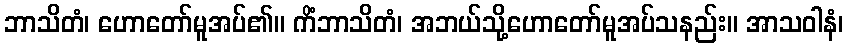
ဘာသိတံ၊ ဟောတော်မူအပ်၏။ ကိံဘာသိတံ၊ အဘယ်သို့ဟောတော်မူအပ်သနည်း။ အာသဝါနံ၊